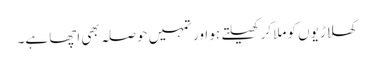
کھلاڑیوں کو ملا کر کھیلتے ہو اور تمہیں حوصلہ بھی اچھا ہے۔